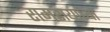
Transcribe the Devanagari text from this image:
रामरायाच्या